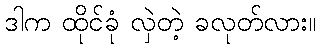
ဒါက ထိုင်ခုံ လှဲတဲ့ ခလုတ်လား။